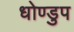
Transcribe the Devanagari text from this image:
धोण्डुप